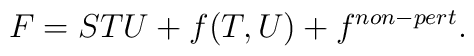
F = STU + f(T,U)+ f^{non-pert}.